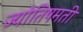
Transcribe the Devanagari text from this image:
ज्योतिषमती